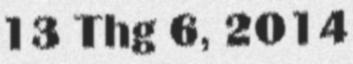
13 Thg 6, 2014